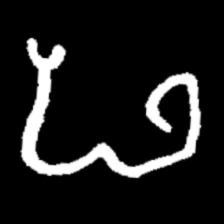
Pyu character \u2014 Myanmar letter: ဖ (romanized: pha)